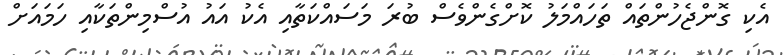
އެކި ގޮންޖެހުންތައް ތަހައްމަލު ކޮށްގެންވެސް ބުރަ މަސައްކަތާއި އެކު އައު އުސްމިންތަކާއި ހަމައަށް